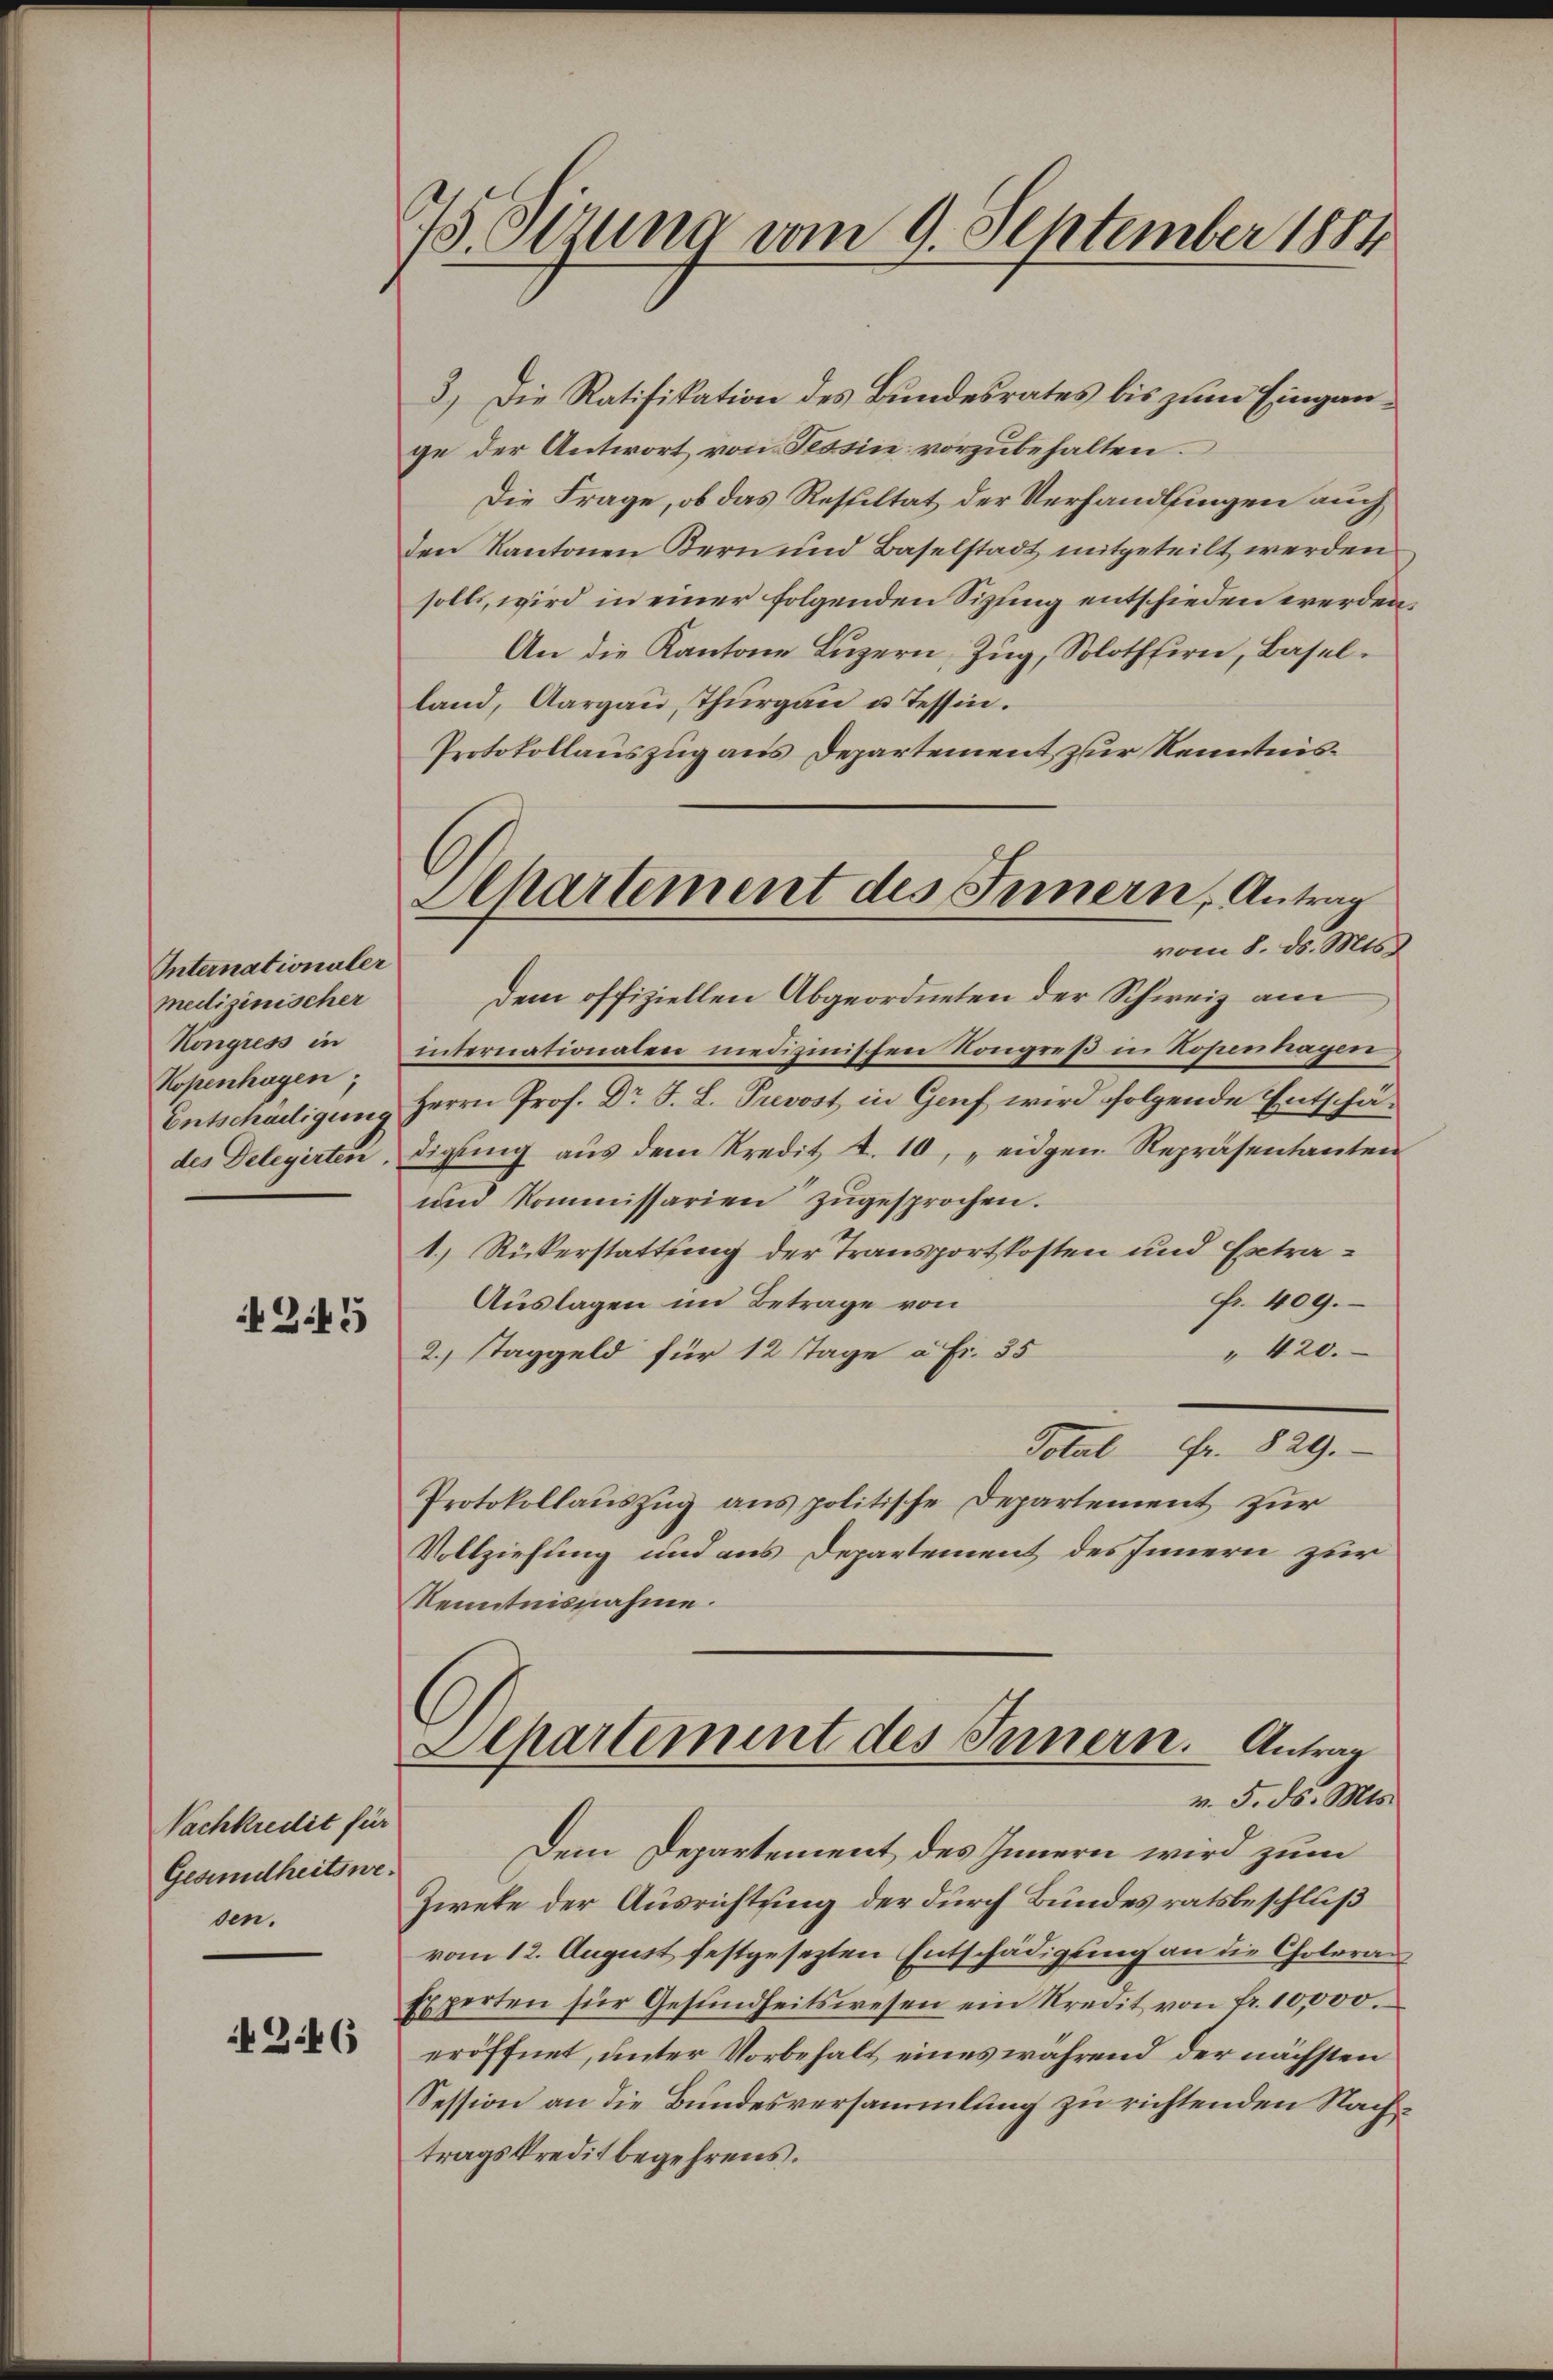
Internationaler
medizinischer
Kongress in
Kopenhagen,
Entscheiligung
des Delegirten.

Z.45

Nachkredit für
Gesundheitswesen.

Z.46

73. Sitzung vom 9. September 1884

Achartement des Innern, Antrag
vom 8. ds. Mts.

3.) Die Ratifikation des Bundesrates bis zum Eingange der Antwort von Tessin vorzubehalten.
Die Frage, ob das Resultat der Verhandlungen auch
den Kantonen Bern und Baselstadt mitgeteilt werden
solls, wird in einer folgenden Sizung entschieden werden,
An die Kantone Luzern, Zug, Solothfirn, Basel.
land, Aargaŭ, Thurgau u Tessin.
Protokollauszug aus Departement zur Kenntnisdem offiziellen Abgeordneten der Schweiz am
internationaten medizinischen Kongreß in Kopenhagen
Herrn Prof. Dr J. L. Prevost in Genf wird folgende Entschädigung aus dem Kredit 4. 10, „eigen Repräsentanten
und Kommissarien zugesprochen.
1.) Rükerstattung der Transportkosten und Extrafr. 409.
Auslagen im Betrage von
" 420.
2. Taggeld für 12 Tage à Fr. 35
Total Fr. 829.
Protokollauszug aus politische Departement zur
Vollziehung und aus Departement des Innern zur
Kenntnisnahme.

Apartement des Innern. Antrag
v. 5. ds. Mts.

Dem Departement des Innern wird zum
Ziete der Ausrichtung der durch Bundesratsbeschluß
vom 12. August festgesezten Entschädigung an die Choleran
Experten für Gesŭndheitswesen ein Kredit von Fr. 10,000.
eröffnet, unter Vorbehalt eines während der nächsten
Session an die Bundesversammlung zu richtenden Nachtragskreditbegehrens.